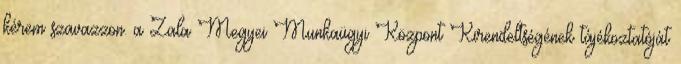
kérem szavazzon. a Zala Megyei Munkaügyi Központ Kirendeltségének tájékoztatóját